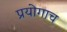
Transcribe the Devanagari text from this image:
प्रयोगाच